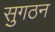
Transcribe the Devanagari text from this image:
सुगठन